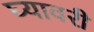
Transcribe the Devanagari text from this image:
घ्यावरी